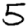
Digit: 5